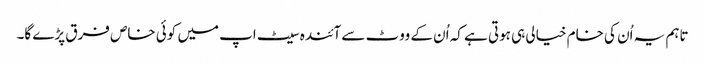
تاہم یہ اُن کی خام خیالی ہی ہوتی ہے کہ اُن کے ووٹ سے آئندہ سیٹ اپ میں کوئی خاص فرق پڑے گا۔